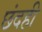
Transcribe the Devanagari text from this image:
छंदही